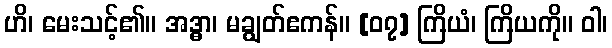
ဟိ၊ မေးသင့်၏။ အဒ္ဓာ၊ မချွတ်ဧကန်။ [၀၇] ကြိယံ၊ ကြိယကို။ ဝါ၊